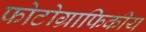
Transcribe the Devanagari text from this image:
फोटोग्राफिकीय